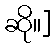
ဆို။]